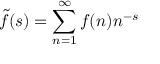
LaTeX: { \tilde { f } } ( s ) = \sum _ { n = 1 } ^ { \infty } f ( n ) n ^ { - s }